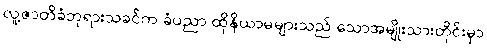
လူ့ဇာတိခံဘုရားသခင်က ခံပညာ ထိုနိယာမများသည် သောအမျိုးသားတိုင်းမှာ